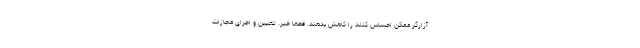
آزارگر ممکن احساس کنند را کاهش بدهند. قطعاً خیر. تعیین و اجرای مجازات